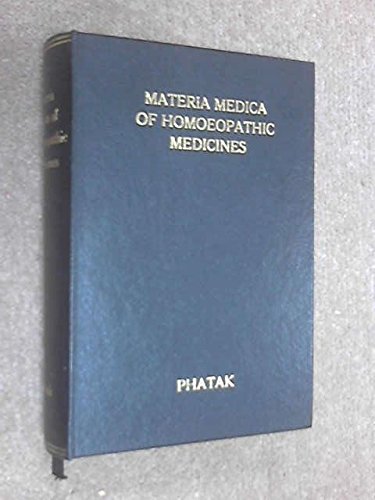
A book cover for Materia medica of homeopathic medicines; S. R Phatak; Health, Fitness & Dieting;